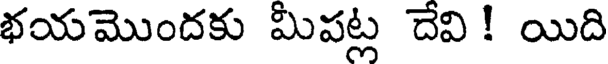
భయమొందకు మీపట్ల దేవి ! యిది